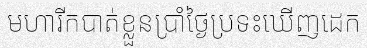
មហារីកបាត់ខ្លួនប្រាំថ្ងៃប្រទះឃើញដេក